Annual report of the Punjab Veterinary College and of the Civil Veterinary Department, Punjab - 1920-1925
Year: 1920
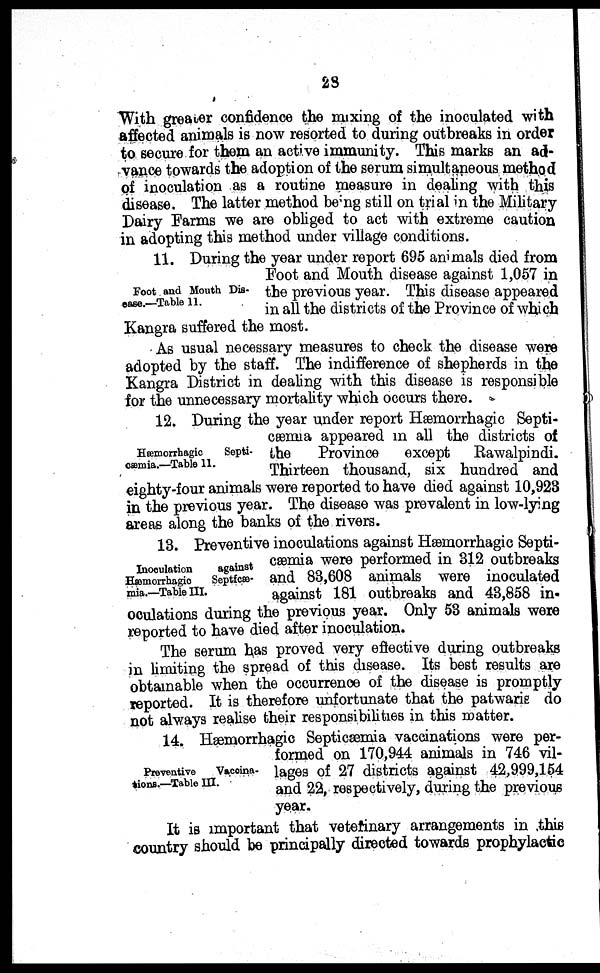
28
With greater confidence the mixing of the inoculated with
affected animals is now resorted to during outbreaks in order
to secure for them an active immunity. This marks an ad-
vance towards the adoption of the serum simultaneous method
of inoculation as a routine measure in dealing with this
disease. The latter method being still on trial in the Military
Dairy Farms we are obliged to act with extreme caution
in adopting this method under village conditions.
Foot and Mouth Dis-
ease.—Table 11.
11. During the year under report 695 animals died from
Foot and Mouth disease against 1,057 in
the previous year. This disease appeared
in all the districts of the Province of which
Kangra suffered the most.
As usual necessary measures to check the disease were
adopted by the staff. The indifference of shepherds in the
Kangra District in dealing with this disease is responsible
for the unnecessary mortality which occurs there.
Hæmorrhagic
Septi-
cæmia.—Table II.
12. During the year under report Hæmorrhagic Septi-
cæmia appeared in all the districts of
the
Province except Rawalpindi.
Thirteen thousand, six hundred and
eighty-four animals were reported to have died against 10,923
in the previous year. The disease was prevalent in low-lying
areas along the banks of the rivers.
Inoculation
against
Hæmorrhagic
Septfcæ-
mia.—Table III.
13. Preventive inoculations against Hæmorrhagic Septi-
cæmia were performed in 312 outbreaks
and 83,608 animals were inoculated
against 181 outbreaks and 43,858 in-
oculations during the previous year. Only 53 animals were
reported to have died after inoculation.
The serum has proved very effective during outbreaks
in limiting the spread of this disease. Its best results are
obtainable when the occurrence of the disease is promptly
reported. It is therefore unfortunate that the patwaris do
not always realise their responsibilities in this matter.
Preventive
Vaccina-
tions.—Table III.
14. Hæmorrhagic Septicæmia vaccinations were per-
formed on 170,944 animals in 746 vil-
lages of 27 districts against 42,999,154
and 22, respectively, during the previous
year.
It is important that veterinary arrangements in this
country should be principally directed towards prophylactic